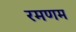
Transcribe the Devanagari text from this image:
रमणम